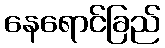
နေရောင်ခြည်